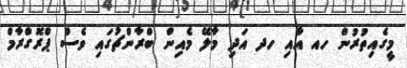
މީގެއިތުރުން ހއ އާއި ހދ އަދި މާލޭ މެއިން ބްރާންޗުގައި ވެސް ޕްރޮގްރާމް